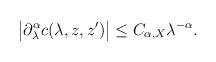
LaTeX: \begin{align*}\begin{gathered}\big| \partial_\lambda^\alpha c(\lambda,z,z') \big|\leq C_{\alpha, X}\lambda^{-\alpha}.\end{gathered}\end{align*}